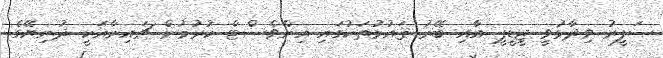
ސަފީރު ވިދާޅުވީ ޖީޑީޕީ އާއި ބޭރު ޤައުމުތަކުގައި އިންވެސްޓް ކުރުމުން ޗައިނާއަކީ ދުނިޔޭގެ